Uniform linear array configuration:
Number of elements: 64
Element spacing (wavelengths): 0.75
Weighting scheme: uniform
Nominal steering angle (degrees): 30
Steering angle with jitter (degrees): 29.88
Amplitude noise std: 0.05
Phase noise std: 0.05

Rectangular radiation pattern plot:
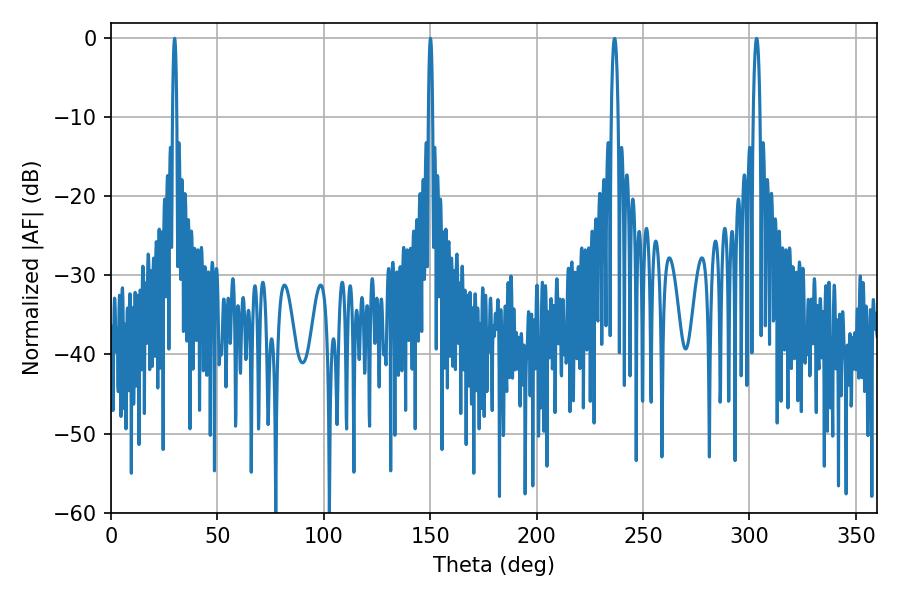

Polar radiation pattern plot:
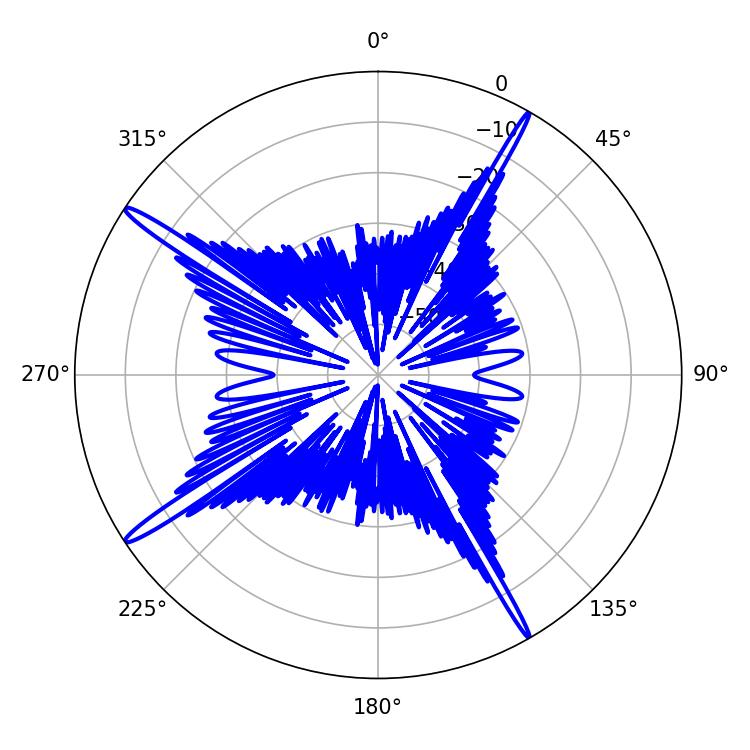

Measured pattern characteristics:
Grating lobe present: TRUE
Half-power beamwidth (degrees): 1.08
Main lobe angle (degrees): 29.88